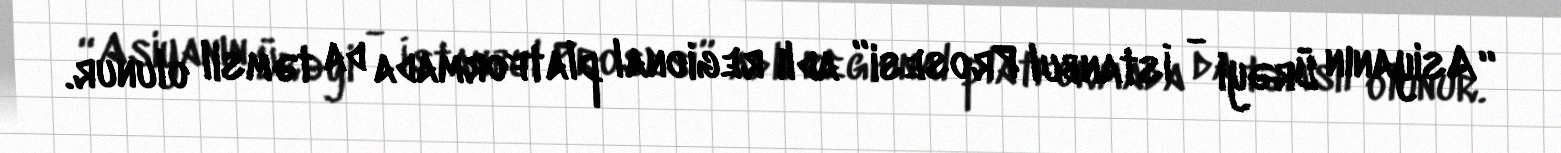
“Asiyanın Ürəyi - İstanbul Prosesi” adlı regional platformada da təmsil olunur.